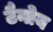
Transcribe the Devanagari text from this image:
टैनोय